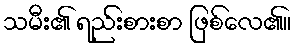
သမီး၏ ရည်းစားစာ ဖြစ်လေ၏။